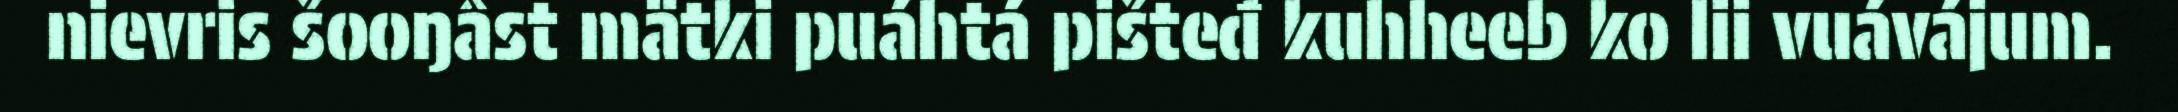
nievris šooŋâst mätki puáhtá pišteđ kuhheeb ko lii vuávájum.